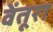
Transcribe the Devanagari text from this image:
वेंतूरा